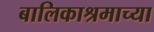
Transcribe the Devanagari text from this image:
बालिकाश्रमाच्या